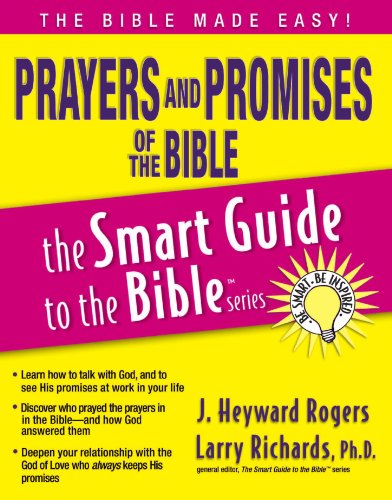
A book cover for Prayers and Promises of the Bible (The Smart Guide to the Bible Series); Jonathan Rogers; Christian Books & Bibles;